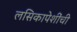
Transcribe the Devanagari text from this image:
लसिकापेशींची